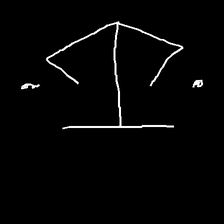
Glyph: earth